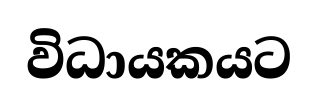
විධායකයට